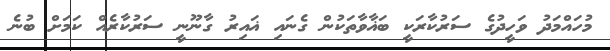
މުހައްމަދު ވަހީދުގެ ސަރުކާރަކީ ބަޣާވާތަކުން ގެނައި ޣައިރު ގާނޫނީ ސަރުކާރެއް ކަމަށް ބުނެ